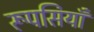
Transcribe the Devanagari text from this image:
रूपसियाँ